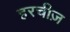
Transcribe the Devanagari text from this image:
हरचीज़